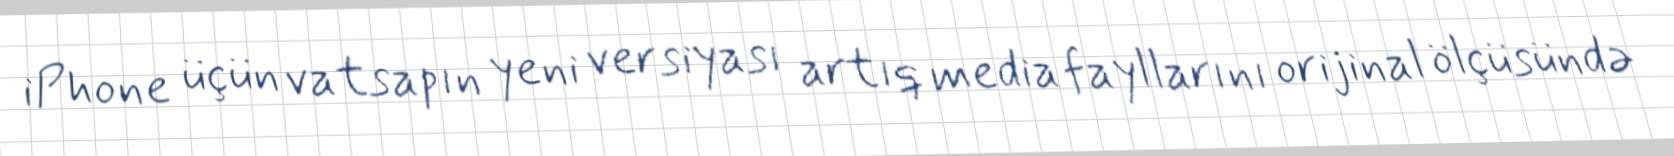
iPhone üçün vatsapın yeni versiyası artıq media fayllarını orijinal ölçüsündə